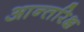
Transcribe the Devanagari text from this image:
आन्तरिक्ष